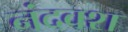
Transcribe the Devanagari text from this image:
नंदवश